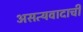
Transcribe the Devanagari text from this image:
असत्यवादाची